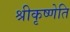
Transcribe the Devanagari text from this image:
श्रीकृष्णेति